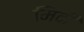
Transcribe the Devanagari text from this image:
मिदी